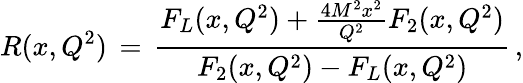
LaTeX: R(x,Q^{2})\, =\, {\frac{F_{L}(x,Q^{2})+{\frac{4M^{2}x^{2}}{Q^{2}}}F_{2}(x,Q^{2})}{F_{2}(x,Q^{2})-F_{L}(x,Q^{2})}}\, ,